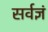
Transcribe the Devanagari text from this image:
सर्वज्ञं